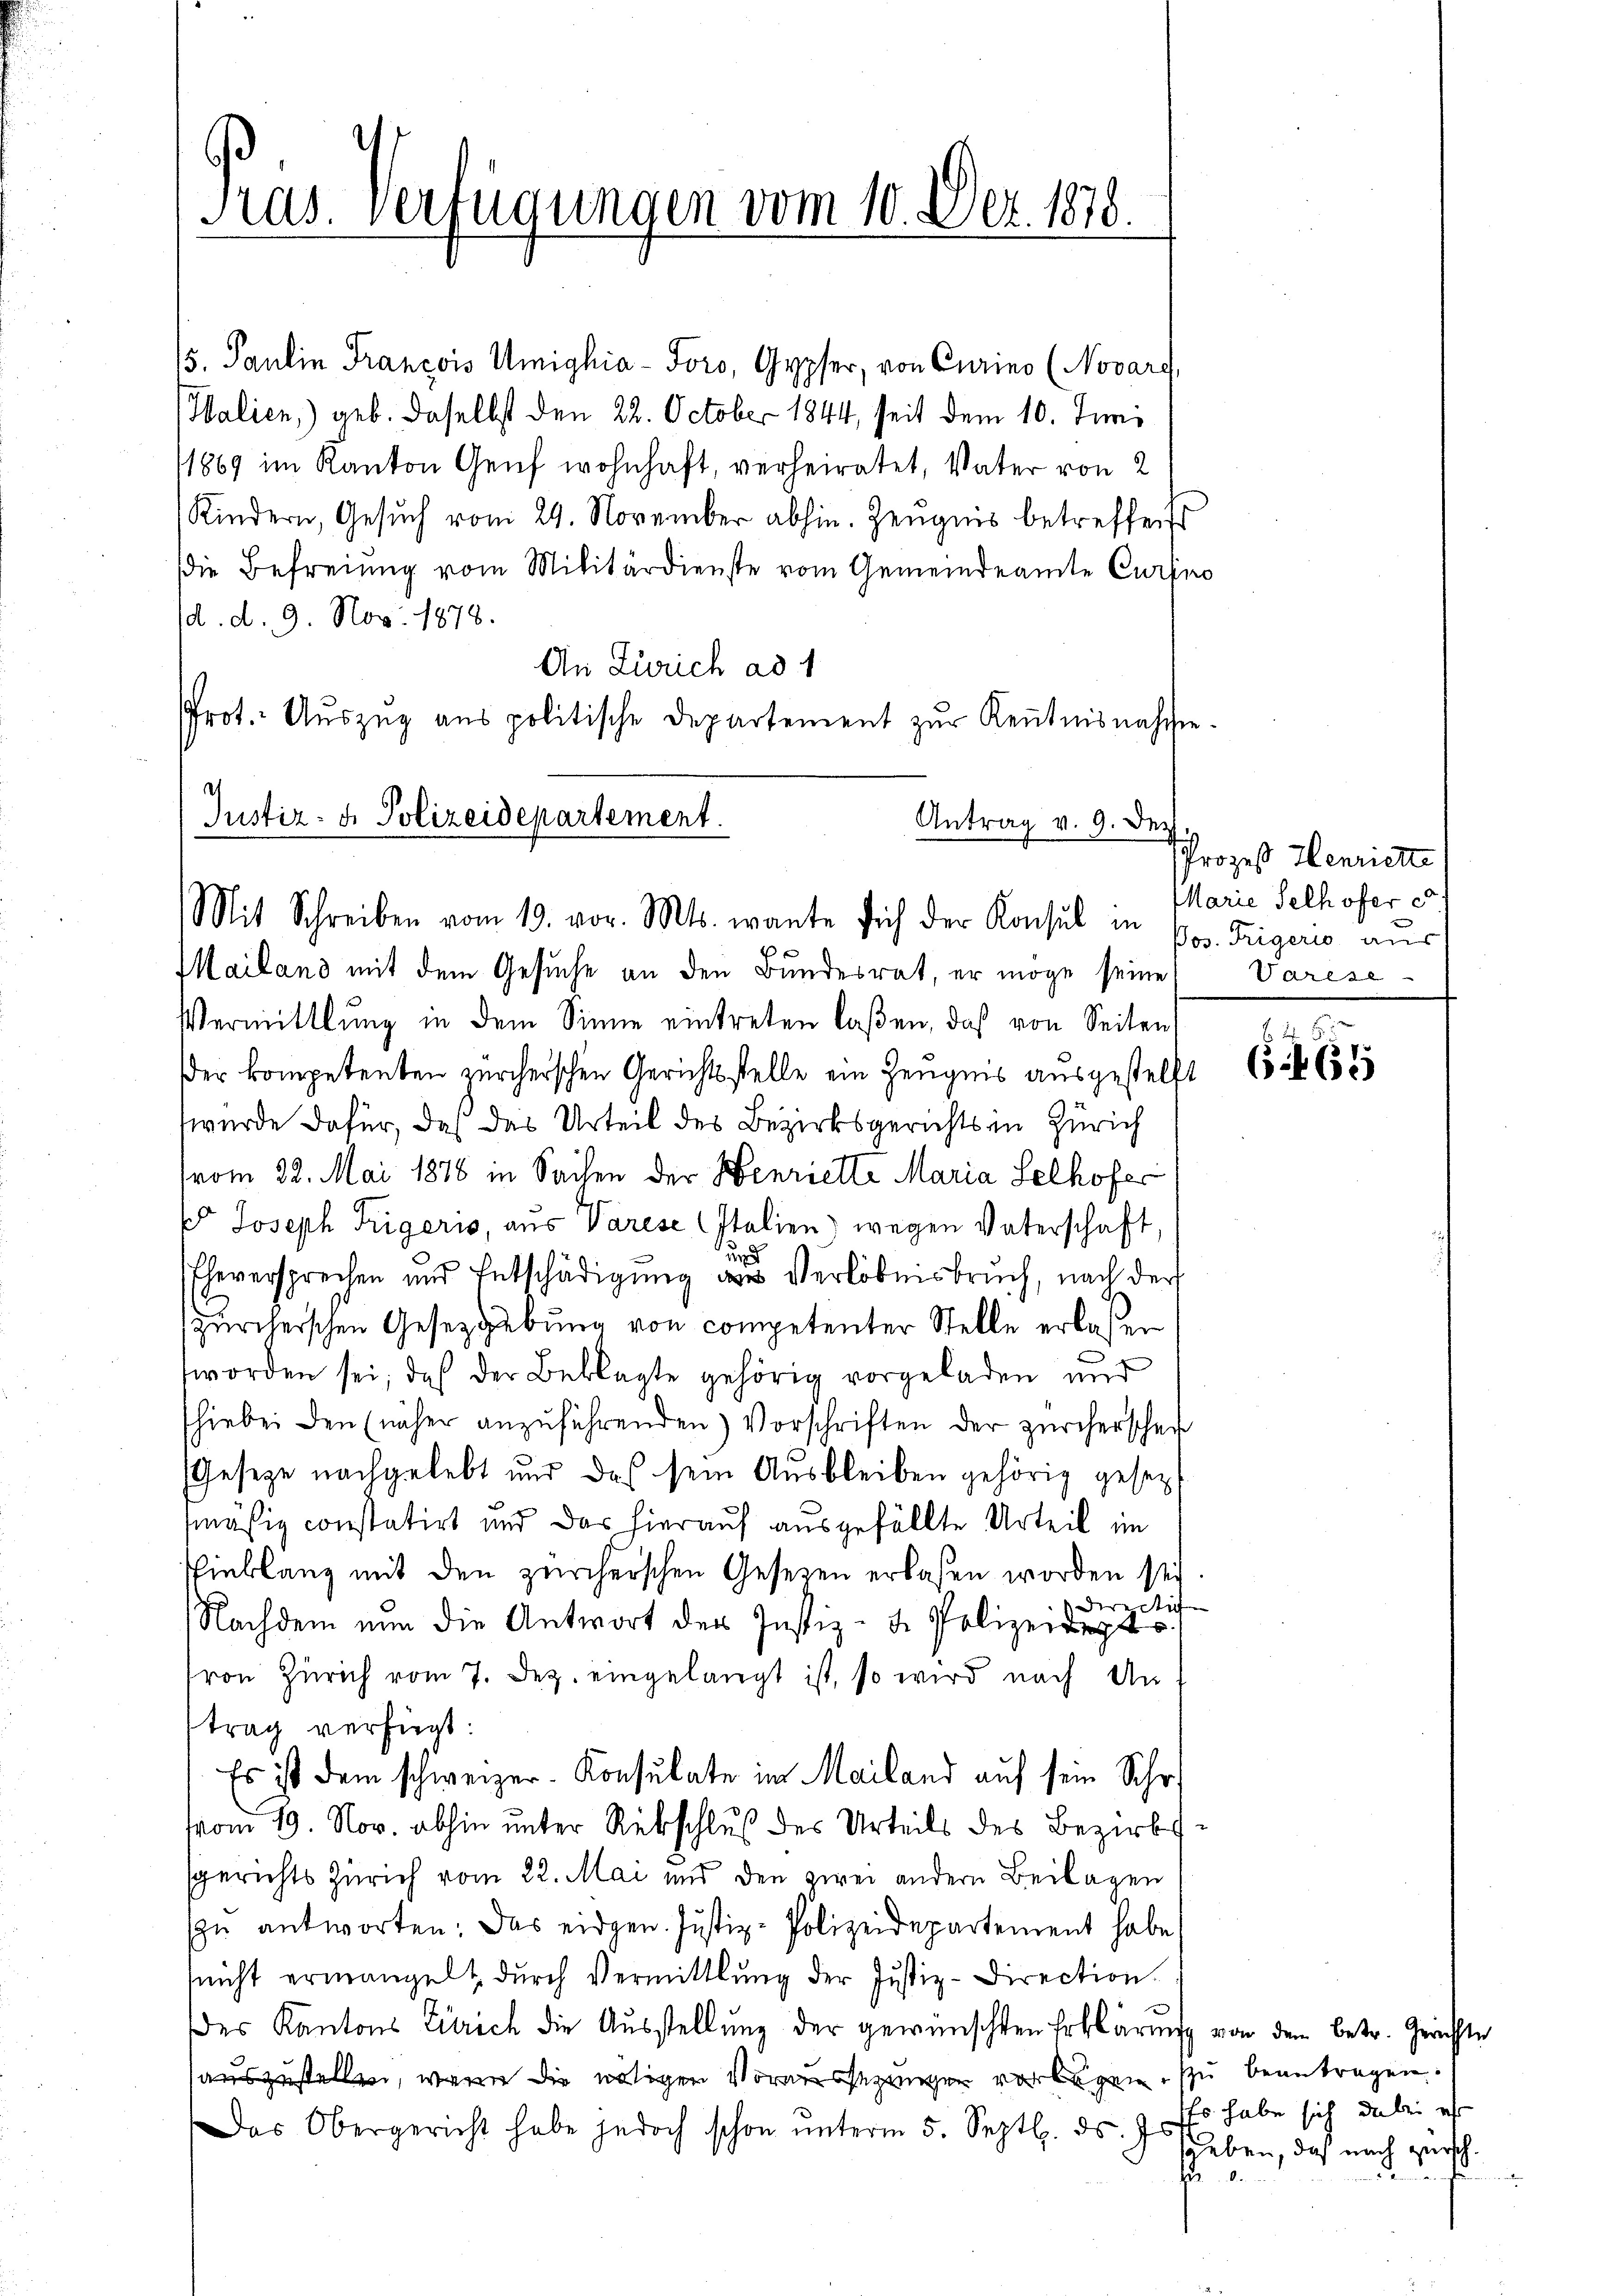
Pras. Verfügungen vom 10. Dez. 1878.

5. Paulin Francois Umighia-Foro, Gypfer, von Curino (Novarg,
Halien,) geb. daselbst den 22. October 1844, seit dem 10. Juni
1869 im Kanton Genf wohnhaft, verheiratet, Vater von 2
Kindern, Gesuch vom 24. November abhin. Zeugnis betreffent
Die Befreiung vom Militärdienste vom Gemeindeamte Cursno
(d. d. 9. Nov. 1878.
An Zürich ad 1
Prot. Aŭszŭg ans politische Departement zŭr Kenntnisnahmste.

Justiz- & Polizeidepartement.
Antrag v. 9. Dez
Mit Schreiben vom 19. vor. Mts. warte sich der Konsul in pos. Teigerio aus

Mailand mit dem Gesuche an den Bundesrat, er möge seine
Vermittlung in dem Sinne eintreten laßen, daß von Seiten
er kompetenten zürcherschen Gerichtsstelle ein Zeugnis ausgestellt
wurde dafür, daß das Urteil des Bezirksgerichts in Zürich
(vom 22. Mai 1876 in Sachen der Henriette Maria Selhofer
k Joseph Trigoris, aus Varese Italien) wegen Vaterschaft
Eheversprechen und Entschädigung aus Verlöbnisbruch, nach der
zürcherschen Gesetzgebung von competenter Stelle erlaßen
worden sei, daß der Beklagte gehörig vorgeladen und
hiebei den (näher anzŭführenden Vorschriften der zürcherschei
Geseze nachgelebt und das sein Ausbleiben gehörig gesezmäßig constatirt und das hierauf ausgefällte Urteil im
Einklang mit den zürcherschen Gesetzen erlaßen worden sei
d
re Stif
Nachdem nun die Antwort der Justiz- & Polizeiangt.
ron Zürich vom 7. Dez. eingelangt ist, so wird nach An
trag verfügt:
Es ist dem schweizer-Konsulate im Mailand auf sein Schr
vom 19. Nov. abhin unter Rückschluß des Urteils des Bezirkssgerichts Zürich vom 22. Mai und den zwei andern Beilagen
u antworten. Das eidgen. Justiz-Polizeidepartement habe,
nicht ermangelt durch Vermittlung der Justiz-Direction
es Kantons Zürich die Ausstellung der gewünschten Erklärung von dem betr. Gerichte
auszustellen, wenn die nötigen Vormessezungen vorlagen, zu beantragen.
Das Obergericht habe jedoch schon ŭnterm 5. Septbr. d. Js.

Prozeß Henriette
Marie Selhofer d
Varese

1
665

Es habe sich dabei es
sauben, daß nach zürch.
.
Nr.